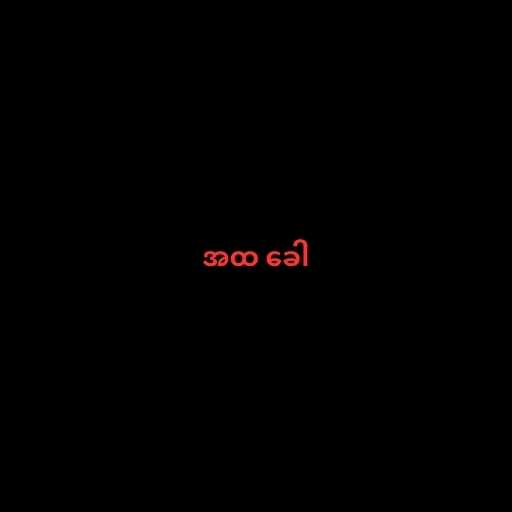
အထ ခေါ